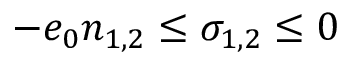
- e _ { 0 } n _ { 1 , 2 } \leq \sigma _ { 1 , 2 } \leq 0